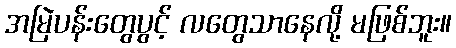
အမြဲပန်းတွေပွင့် လတွေသာနေလို့ မဖြစ်ဘူး။